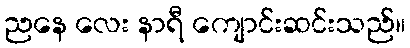
ညနေ လေး နာရီ ကျောင်းဆင်းသည်။